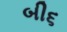
બી૬